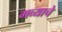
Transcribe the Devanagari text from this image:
गव्याचे